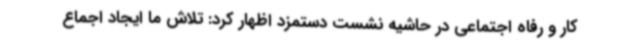
کار و رفاه اجتماعی در حاشیه نشست دستمزد اظهار کرد: تلاش ما ایجاد اجماع